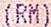
(RM)